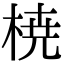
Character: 𣓤